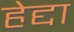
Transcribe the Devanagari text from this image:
हेद्दा